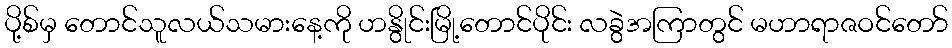
ပို့စ်မှ တောင်သူလယ်သမားနေ့ကို ဟနွိုင်းမြို့တောင်ပိုင်း လခွဲအကြာတွင် မဟာရာဇဝင်တော်